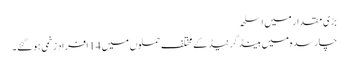
بڑی مقدار میں اسلحہ
چارسدہ میں ہینڈ گرنیڈ کے مختلف حملوں میں 14 افراد زخمی ہو گئے۔